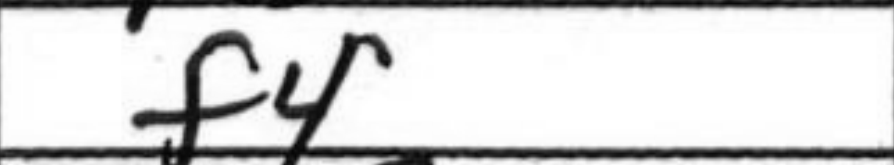
Transcription: f4